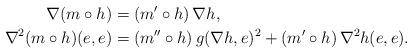
LaTeX: \begin{align*}\nabla(m\circ h)&=(m'\circ h)\,\nabla h,\\\nabla^2(m\circ h)(e,e)&=(m''\circ h)\,g(\nabla h,e)^2+(m'\circ h)\,\nabla^2h(e,e).\end{align*}